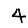
Digit: 4